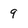
Character: 9